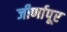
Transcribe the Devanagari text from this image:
जीर्णापूर